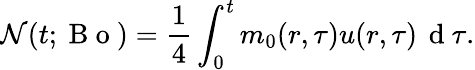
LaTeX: \mathcal{N}(t;\mathrm{~B~o~})=\frac{1}{4}\int_{0}^{t}m_{0}(r,\tau)u(r,\tau)\, \mathrm{~d~}\tau.